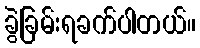
ခွဲခြမ်းရခက်ပါတယ်။